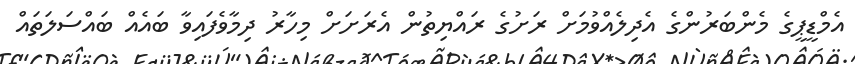
އެމްޑީޕީގެ މެންބަރުންގެ އެދިލެއްވުމަށް ރަށުގެ ރައްޔިތުން އެރަށަށް މިހާރު ދިމާވެފައިވާ ބައެއް ބައްސަލަތައް